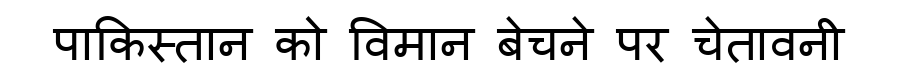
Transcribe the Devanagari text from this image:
पाकिस्तान को विमान बेचने पर चेतावनी